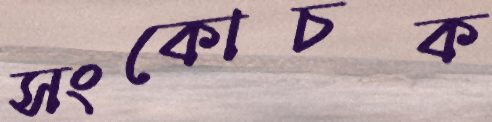
সংকোচক